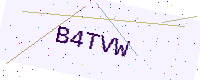
Text: B4TVW